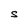
Character: S